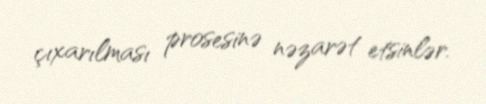
çıxarılması prosesinə nəzarət etsinlər.